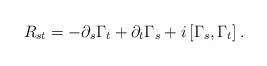
LaTeX: \begin{align*}R_{st} = - \partial_s \Gamma_t + \partial_t \Gamma_s + i \left[ \Gamma_s, \Gamma_t \right] .\end{align*}